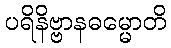
ပရိနိဗ္ဗာနဓမ္မောတိ